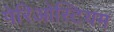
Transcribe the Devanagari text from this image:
पेरिओस्टियम